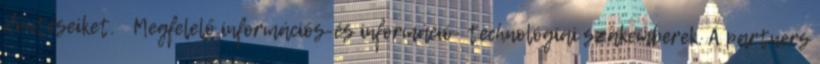
döntéseiket.  Megfelelő információs-és információ- technológiai szakemberek. A partners